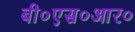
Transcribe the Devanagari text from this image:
बी०एस०आर०